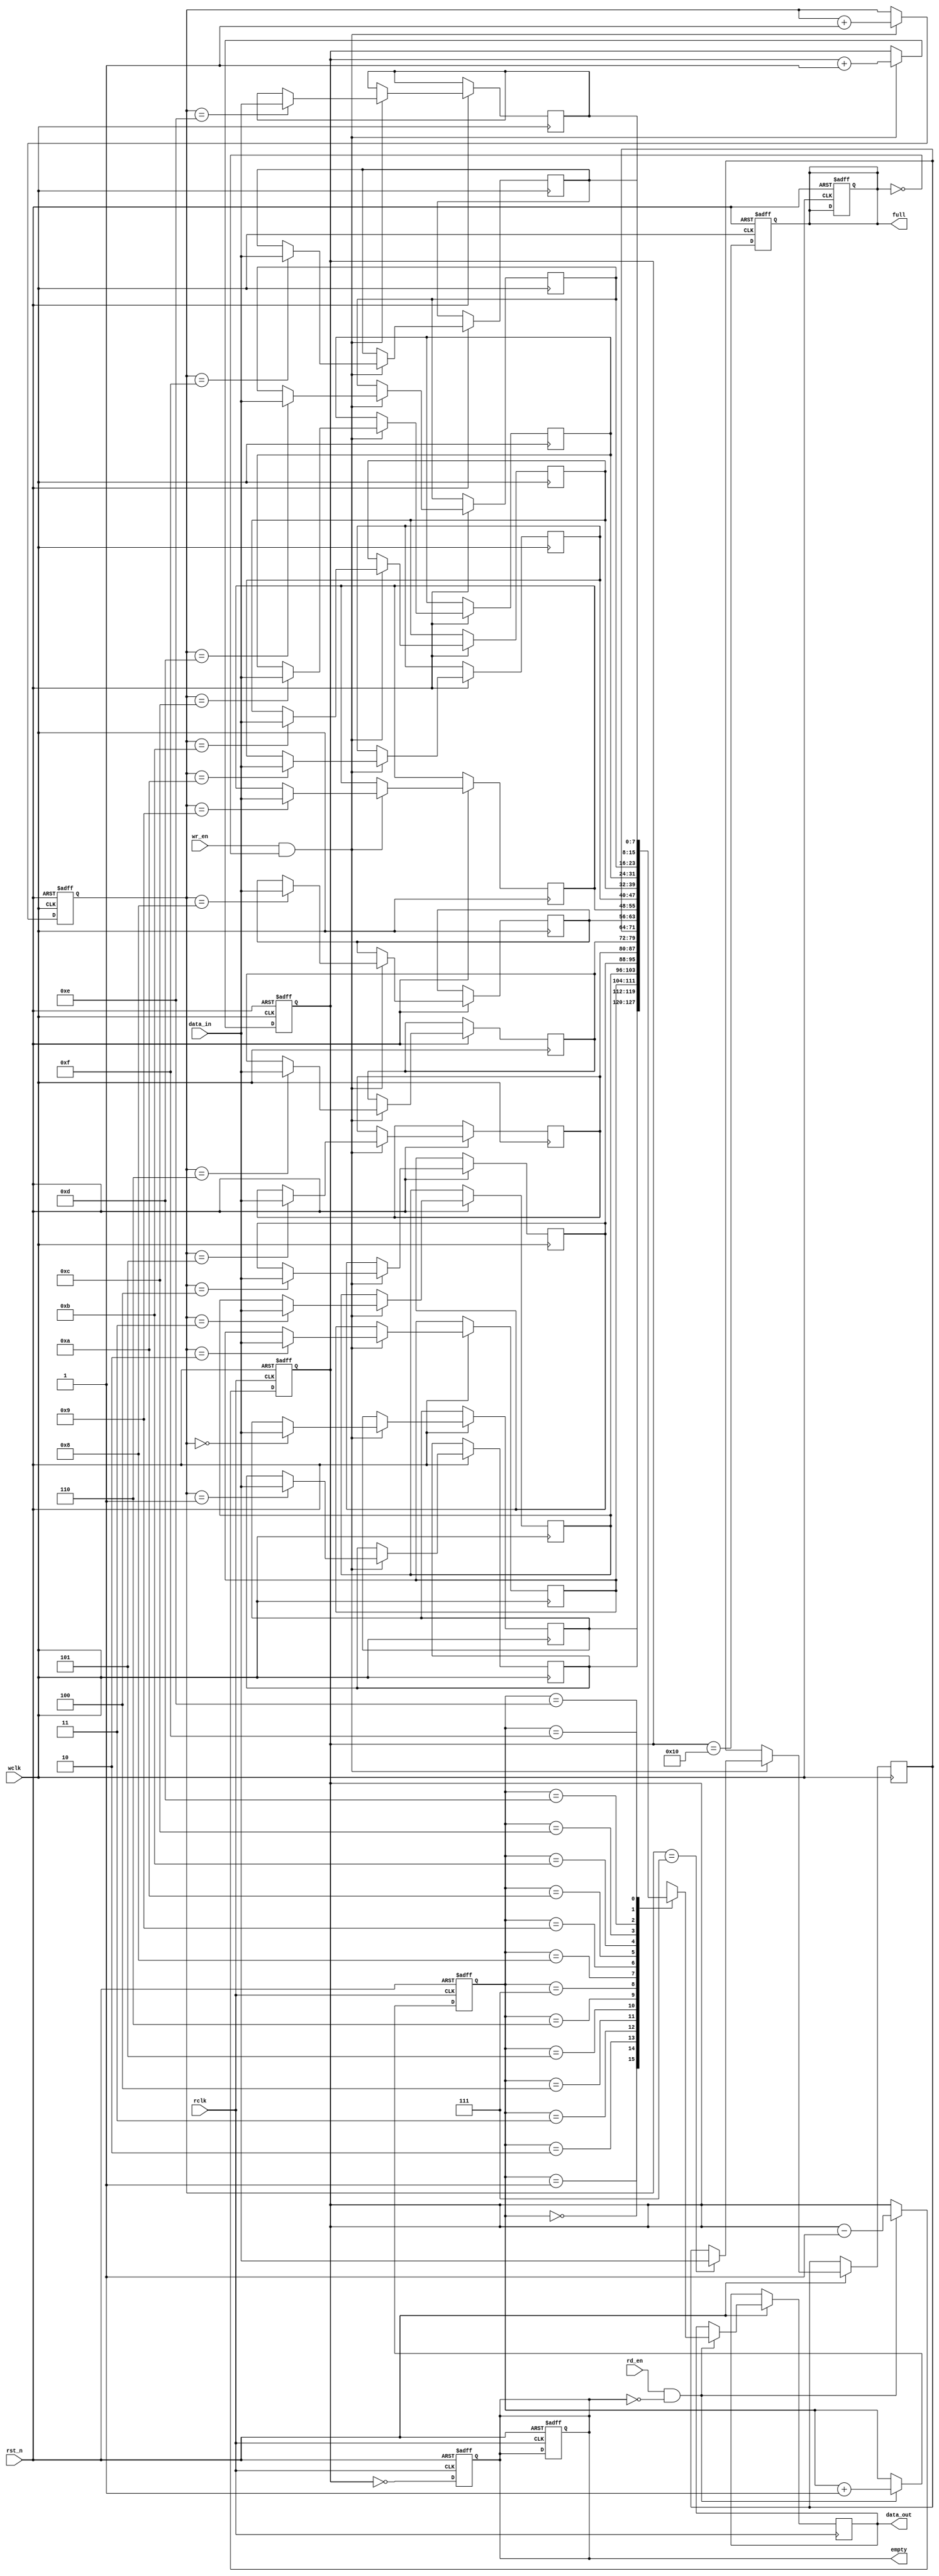
module dual_clock_fifo #(
    parameter DATA_WIDTH = 8,  // Width of the data
    parameter FIFO_DEPTH = 16   // Depth of the FIFO (must be a power of 2)
)(
    input wire                  wclk,       // Write clock
    input wire                  rclk,       // Read clock
    input wire                  rst_n,      // Asynchronous reset (active low)
    input wire [DATA_WIDTH-1:0] data_in,   // Data input
    input wire                  wr_en,      // Write enable
    input wire                  rd_en,      // Read enable
    output reg [DATA_WIDTH-1:0] data_out,  // Data output
    output reg                  full,       // FIFO full flag
    output reg                  empty       // FIFO empty flag
);

    // Internal signals
    reg [DATA_WIDTH-1:0] fifo_mem [0:FIFO_DEPTH-1]; // FIFO memory
    reg [clog2(FIFO_DEPTH)-1:0] wptr;               // Write pointer
    reg [clog2(FIFO_DEPTH)-1:0] rptr;               // Read pointer
    reg [clog2(FIFO_DEPTH):0] count;                 // Number of entries in FIFO

    // Function to calculate log2
    function integer clog2;
        input integer value;
        begin
            value = value - 1;
            for (clog2 = 0; value > 0; clog2 = clog2 + 1)
                value = value >> 1;
        end
    endfunction

    // Asynchronous reset
    always @(posedge wclk or negedge rst_n) begin
        if (!rst_n) begin
            wptr <= 0;
            count <= 0;
            full <= 0;
        end else if (wr_en && !full) begin
            fifo_mem[wptr] <= data_in;
            wptr <= wptr + 1;
            count <= count + 1;
        end
    end

    // Read operation
    always @(posedge rclk or negedge rst_n) begin
        if (!rst_n) begin
            rptr <= 0;
            count <= 0;
            empty <= 1;
        end else if (rd_en && !empty) begin
            data_out <= fifo_mem[rptr];
            rptr <= rptr + 1;
            count <= count - 1;
        end
    end

    // Full and empty flag logic
    always @(posedge wclk or negedge rst_n) begin
        if (!rst_n) begin
            full <= 0;
        end else begin
            full <= (count == FIFO_DEPTH);
        end
    end

    always @(posedge rclk or negedge rst_n) begin
        if (!rst_n) begin
            empty <= 1;
        end else begin
            empty <= (count == 0);
        end
    end

endmodule